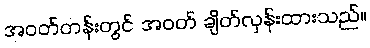
အဝတ်တန်းတွင် အဝတ် ချိတ်လှန်းထားသည်။